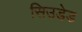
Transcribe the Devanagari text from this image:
सिउडेड